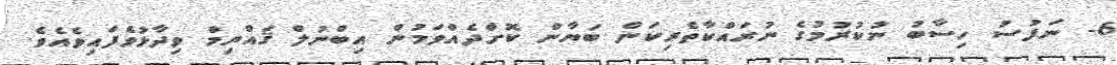
6- ނަފުސު ހިސާބު ނުކުރުމުގެ ނުރައްކާތެރިކަން ބަޔާން ކޮށްދެއްވަމުން އިބްނުލް ޤައްޔިމް ވިދާޅުވެފައިވެއެވެ.